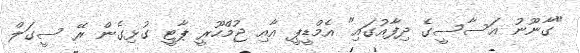
"ގާނޫނު އަސާސީގެ ދިފާއުގައި" އެމްޑީޕީ އާއި ޖުމްހޫރީ ޕާޓީ ގުޅިގެން ރޭ ސީގަލް